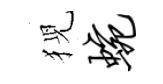
猊蜿